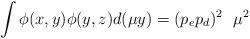
LaTeX: \begin{align*}\int \phi(x,y)\phi(y,z)d(\mu y)=(p_ep_d)^2\ \ \mu^2 \end{align*}